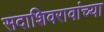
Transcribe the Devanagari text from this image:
सदाशिवरावांच्या